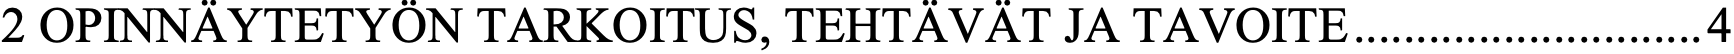
2 OPINNÄYTETYÖN TARKOITUS, TEHTÄVÄT JA TAVOITE ............................ 4